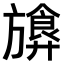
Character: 𪰁